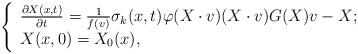
LaTeX: \begin{align*}\left\{\begin{array}{lr}\frac{\partial X(x,t)}{\partial t}=\frac{1}{f(v)}\sigma_{k}(x,t)\varphi(X\cdot v)(X\cdot v)G(X)v-X; \\X(x,0)=X_{0}(x),\end{array}\right.\end{align*}